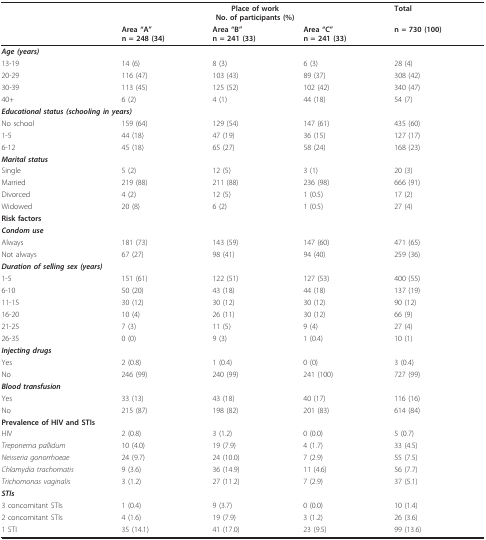
<table><thead><tr><td></td><td colspan="3"><b>Place of workNo. of participants (%)</b></td><td><b>Total</b></td></tr><tr><td></td><td><b>Area &quot;A&quot;n = 248 (34)</b></td><td><b>Area &quot;B&quot;n = 241 (33)</b></td><td><b>Area &quot;C&quot;n = 241 (33)</b></td><td><b>n = 730 (100)</b></td></tr></thead><tbody><tr><td colspan="5"><b><i>Age (years)</i></b></td></tr><tr><td>13-19</td><td>14 (6)</td><td>8 (3)</td><td>6 (3)</td><td>28 (4)</td></tr><tr><td>20-29</td><td>116 (47)</td><td>103 (43)</td><td>89 (37)</td><td>308 (42)</td></tr><tr><td>30-39</td><td>113 (45)</td><td>125 (52)</td><td>102 (42)</td><td>340 (47)</td></tr><tr><td>40+</td><td>6 (2)</td><td>4 (1)</td><td>44 (18)</td><td>54 (7)</td></tr><tr><td colspan="5"><b><i>Educational status (schooling in years)</i></b></td></tr><tr><td>No school</td><td>159 (64)</td><td>129 (54)</td><td>147 (61)</td><td>435 (60)</td></tr><tr><td>1-5</td><td>44 (18)</td><td>47 (19)</td><td>36 (15)</td><td>127 (17)</td></tr><tr><td>6-12</td><td>45 (18)</td><td>65 (27)</td><td>58 (24)</td><td>168 (23)</td></tr><tr><td colspan="5"><b><i>Marital status</i></b></td></tr><tr><td>Single</td><td>5 (2)</td><td>12 (5)</td><td>3 (1)</td><td>20 (3)</td></tr><tr><td>Married</td><td>219 (88)</td><td>211 (88)</td><td>236 (98)</td><td>666 (91)</td></tr><tr><td>Divorced</td><td>4 (2)</td><td>12 (5)</td><td>1 (0.5)</td><td>17 (2)</td></tr><tr><td>Widowed</td><td>20 (8)</td><td>6 (2)</td><td>1 (0.5)</td><td>27 (4)</td></tr><tr><td colspan="5"><b>Risk factors</b></td></tr><tr><td colspan="5"><b><i>Condom use</i></b></td></tr><tr><td>Always</td><td>181 (73)</td><td>143 (59)</td><td>147 (60)</td><td>471 (65)</td></tr><tr><td>Not always</td><td>67 (27)</td><td>98 (41)</td><td>94 (40)</td><td>259 (36)</td></tr><tr><td colspan="5"><b><i>Duration of selling sex (years)</i></b></td></tr><tr><td>1-5</td><td>151 (61)</td><td>122 (51)</td><td>127 (53)</td><td>400 (55)</td></tr><tr><td>6-10</td><td>50 (20)</td><td>43 (18)</td><td>44 (18)</td><td>137 (19)</td></tr><tr><td>11-15</td><td>30 (12)</td><td>30 (12)</td><td>30 (12)</td><td>90 (12)</td></tr><tr><td>16-20</td><td>10 (4)</td><td>26 (11)</td><td>30 (12)</td><td>66 (9)</td></tr><tr><td>21-25</td><td>7 (3)</td><td>11 (5)</td><td>9 (4)</td><td>27 (4)</td></tr><tr><td>26-35</td><td>0 (0)</td><td>9 (3)</td><td>1 (0.4)</td><td>10 (1)</td></tr><tr><td><b><i>Injecting drugs</i></b></td><td></td><td></td><td></td><td></td></tr><tr><td>Yes</td><td>2 (0.8)</td><td>1 (0.4)</td><td>0 (0)</td><td>3 (0.4)</td></tr><tr><td>No</td><td>246 (99)</td><td>240 (99)</td><td>241 (100)</td><td>727 (99)</td></tr><tr><td><b><i>Blood transfusion</i></b></td><td></td><td></td><td></td><td></td></tr><tr><td>Yes</td><td>33 (13)</td><td>43 (18)</td><td>40 (17)</td><td>116 (16)</td></tr><tr><td>No</td><td>215 (87)</td><td>198 (82)</td><td>201 (83)</td><td>614 (84)</td></tr><tr><td colspan="5"><b>Prevalence of HIV and STIs</b></td></tr><tr><td>HIV</td><td>2 (0.8)</td><td>3 (1.2)</td><td>0 (0.0)</td><td>5 (0.7)</td></tr><tr><td><i>Treponema pallidum</i></td><td>10 (4.0)</td><td>19 (7.9)</td><td>4 (1.7)</td><td>33 (4.5)</td></tr><tr><td><i>Neisseria gonorrhoeae</i></td><td>24 (9.7)</td><td>24 (10.0)</td><td>7 (2.9)</td><td>55 (7.5)</td></tr><tr><td><i>Chlamydia trachomatis</i></td><td>9 (3.6)</td><td>36 (14.9)</td><td>11 (4.6)</td><td>56 (7.7)</td></tr><tr><td><i>Trichomonas vaginalis</i></td><td>3 (1.2)</td><td>27 (11.2)</td><td>7 (2.9)</td><td>37 (5.1)</td></tr><tr><td><b><i>STIs</i></b></td><td></td><td></td><td></td><td></td></tr><tr><td>3 concomitant STIs</td><td>1 (0.4)</td><td>9 (3.7)</td><td>0 (0.0)</td><td>10 (1.4)</td></tr><tr><td>2 concomitant STIs</td><td>4 (1.6)</td><td>19 (7.9)</td><td>3 (1.2)</td><td>26 (3.6)</td></tr><tr><td>1 STI</td><td>35 (14.1)</td><td>41 (17.0)</td><td>23 (9.5)</td><td>99 (13.6)</td></tr></tbody></table>